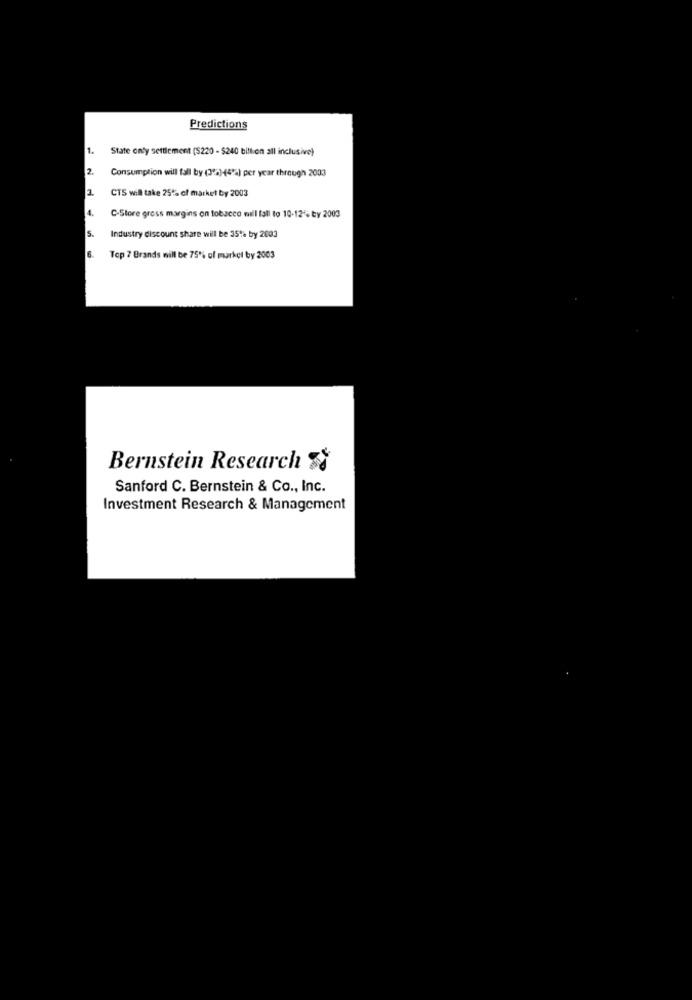
Predictions
1.
State only settlement ($220 - $240 billion all inclusive)
2.
Consumption will fall by (3%)-(4%) per year through 2003
1
CTS will take 25% of market by 2003
4.
C-Store gress margins on tobacco mill fall to 10-12-+ ty 2003
S.
Industry discount share will be 35% by 2003
6
Top 7 Brands nill be 75% of market by 2003
Bernstein Research
Sanford C. Bernstein & Co ., Inc.
Investment Research & Management